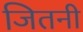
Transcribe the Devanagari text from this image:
जितनी